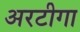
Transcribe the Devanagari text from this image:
अरटीगा